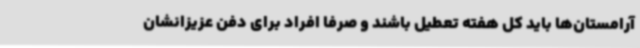
آرامستان‌ها باید کل هفته تعطیل باشند و صرفاً افراد برای دفن عزیزانشان